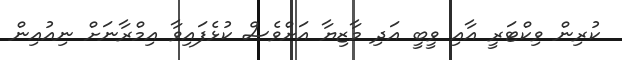
ކުރިން ވިކްޓަރީ އާއި ވީބީ އަދި މާޒިޔާ އަށްވެސް ކުޅެފައިވާ އިމްރާނަށް ނިއުއިން